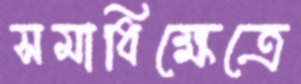
সমাধিক্ষেত্রে